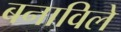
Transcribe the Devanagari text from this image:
बनाविले